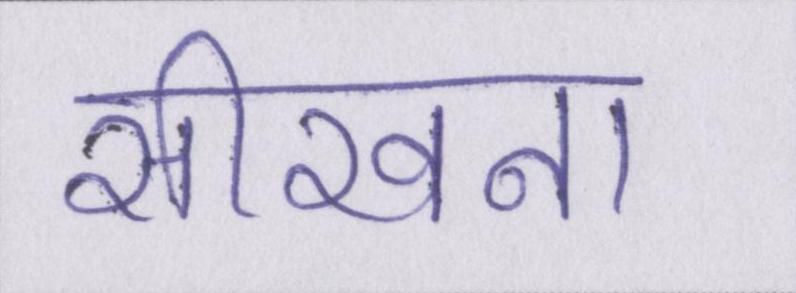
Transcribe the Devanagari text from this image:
सीखना